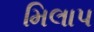
મિલાપ